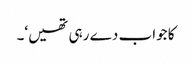
کا جواب دے رہی تھیں‘۔